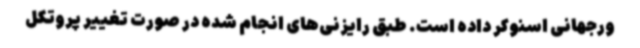
ورجهانی اسنوکر داده است. طبق رایزنی‌های انجام شده در صورت تغییر پروتکل